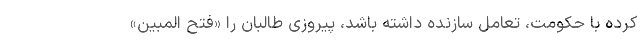
کرده با حکومت، تعامل سازنده داشته باشد، پیروزی طالبان را «فتح المبین»